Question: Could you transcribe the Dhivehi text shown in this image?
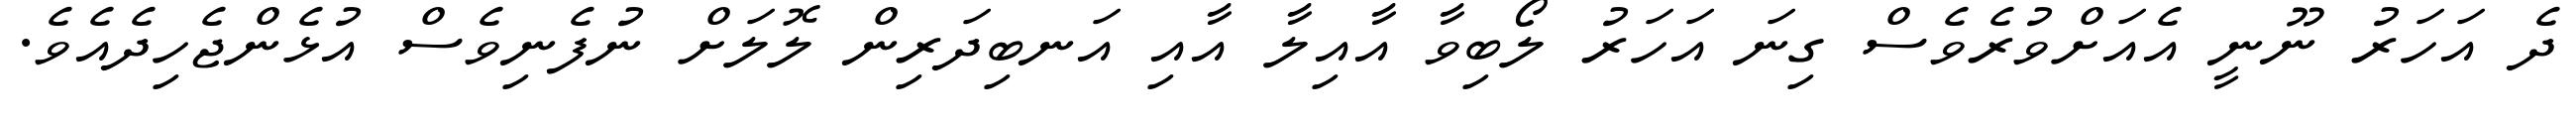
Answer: ދެ އަހަރު ނޫނީ އެއަށްވުރެވެސް ގިނަ އަހަރު ލޯބިވާ އާއިލާ އާއި އަނބިދަރިން ލޮލަށް ނުފެނިވެސް އުޅެންޖެހިދެއެވެ.